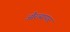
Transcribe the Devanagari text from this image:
औरव्यापार